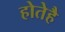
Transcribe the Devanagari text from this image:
होतेहै